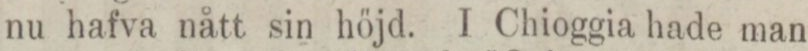
nu hafva nått sin höjd. I Chioggia hade man